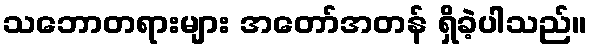
သဘောတရားများ အတော်အတန် ရှိခဲ့ပါသည်။